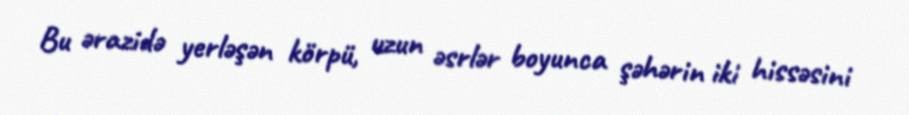
Bu ərazidə yerləşən körpü, uzun əsrlər boyunca şəhərin iki hissəsini